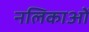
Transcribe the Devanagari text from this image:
नलिकाआें